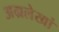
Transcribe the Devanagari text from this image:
अग्रलेखां